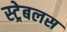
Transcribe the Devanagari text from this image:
स्ट्रेबलस